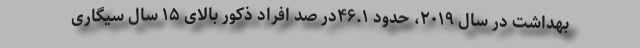
بهداشت در سال ۲۰۱۹، حدود ۴۶.۱در صد افراد ذکور بالای ۱۵ سال سیگاری